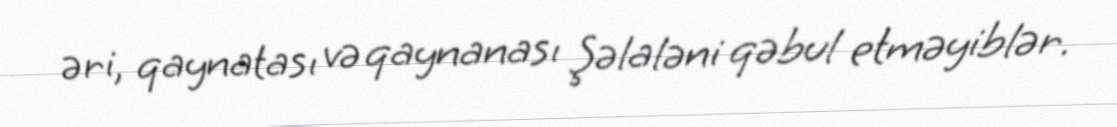
əri, qaynatası və qaynanası Şəlaləni qəbul etməyiblər.